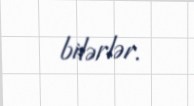
bilərlər.